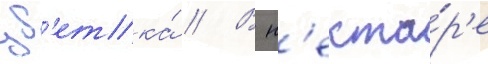
цв'етка́ // В н'екта́р'е